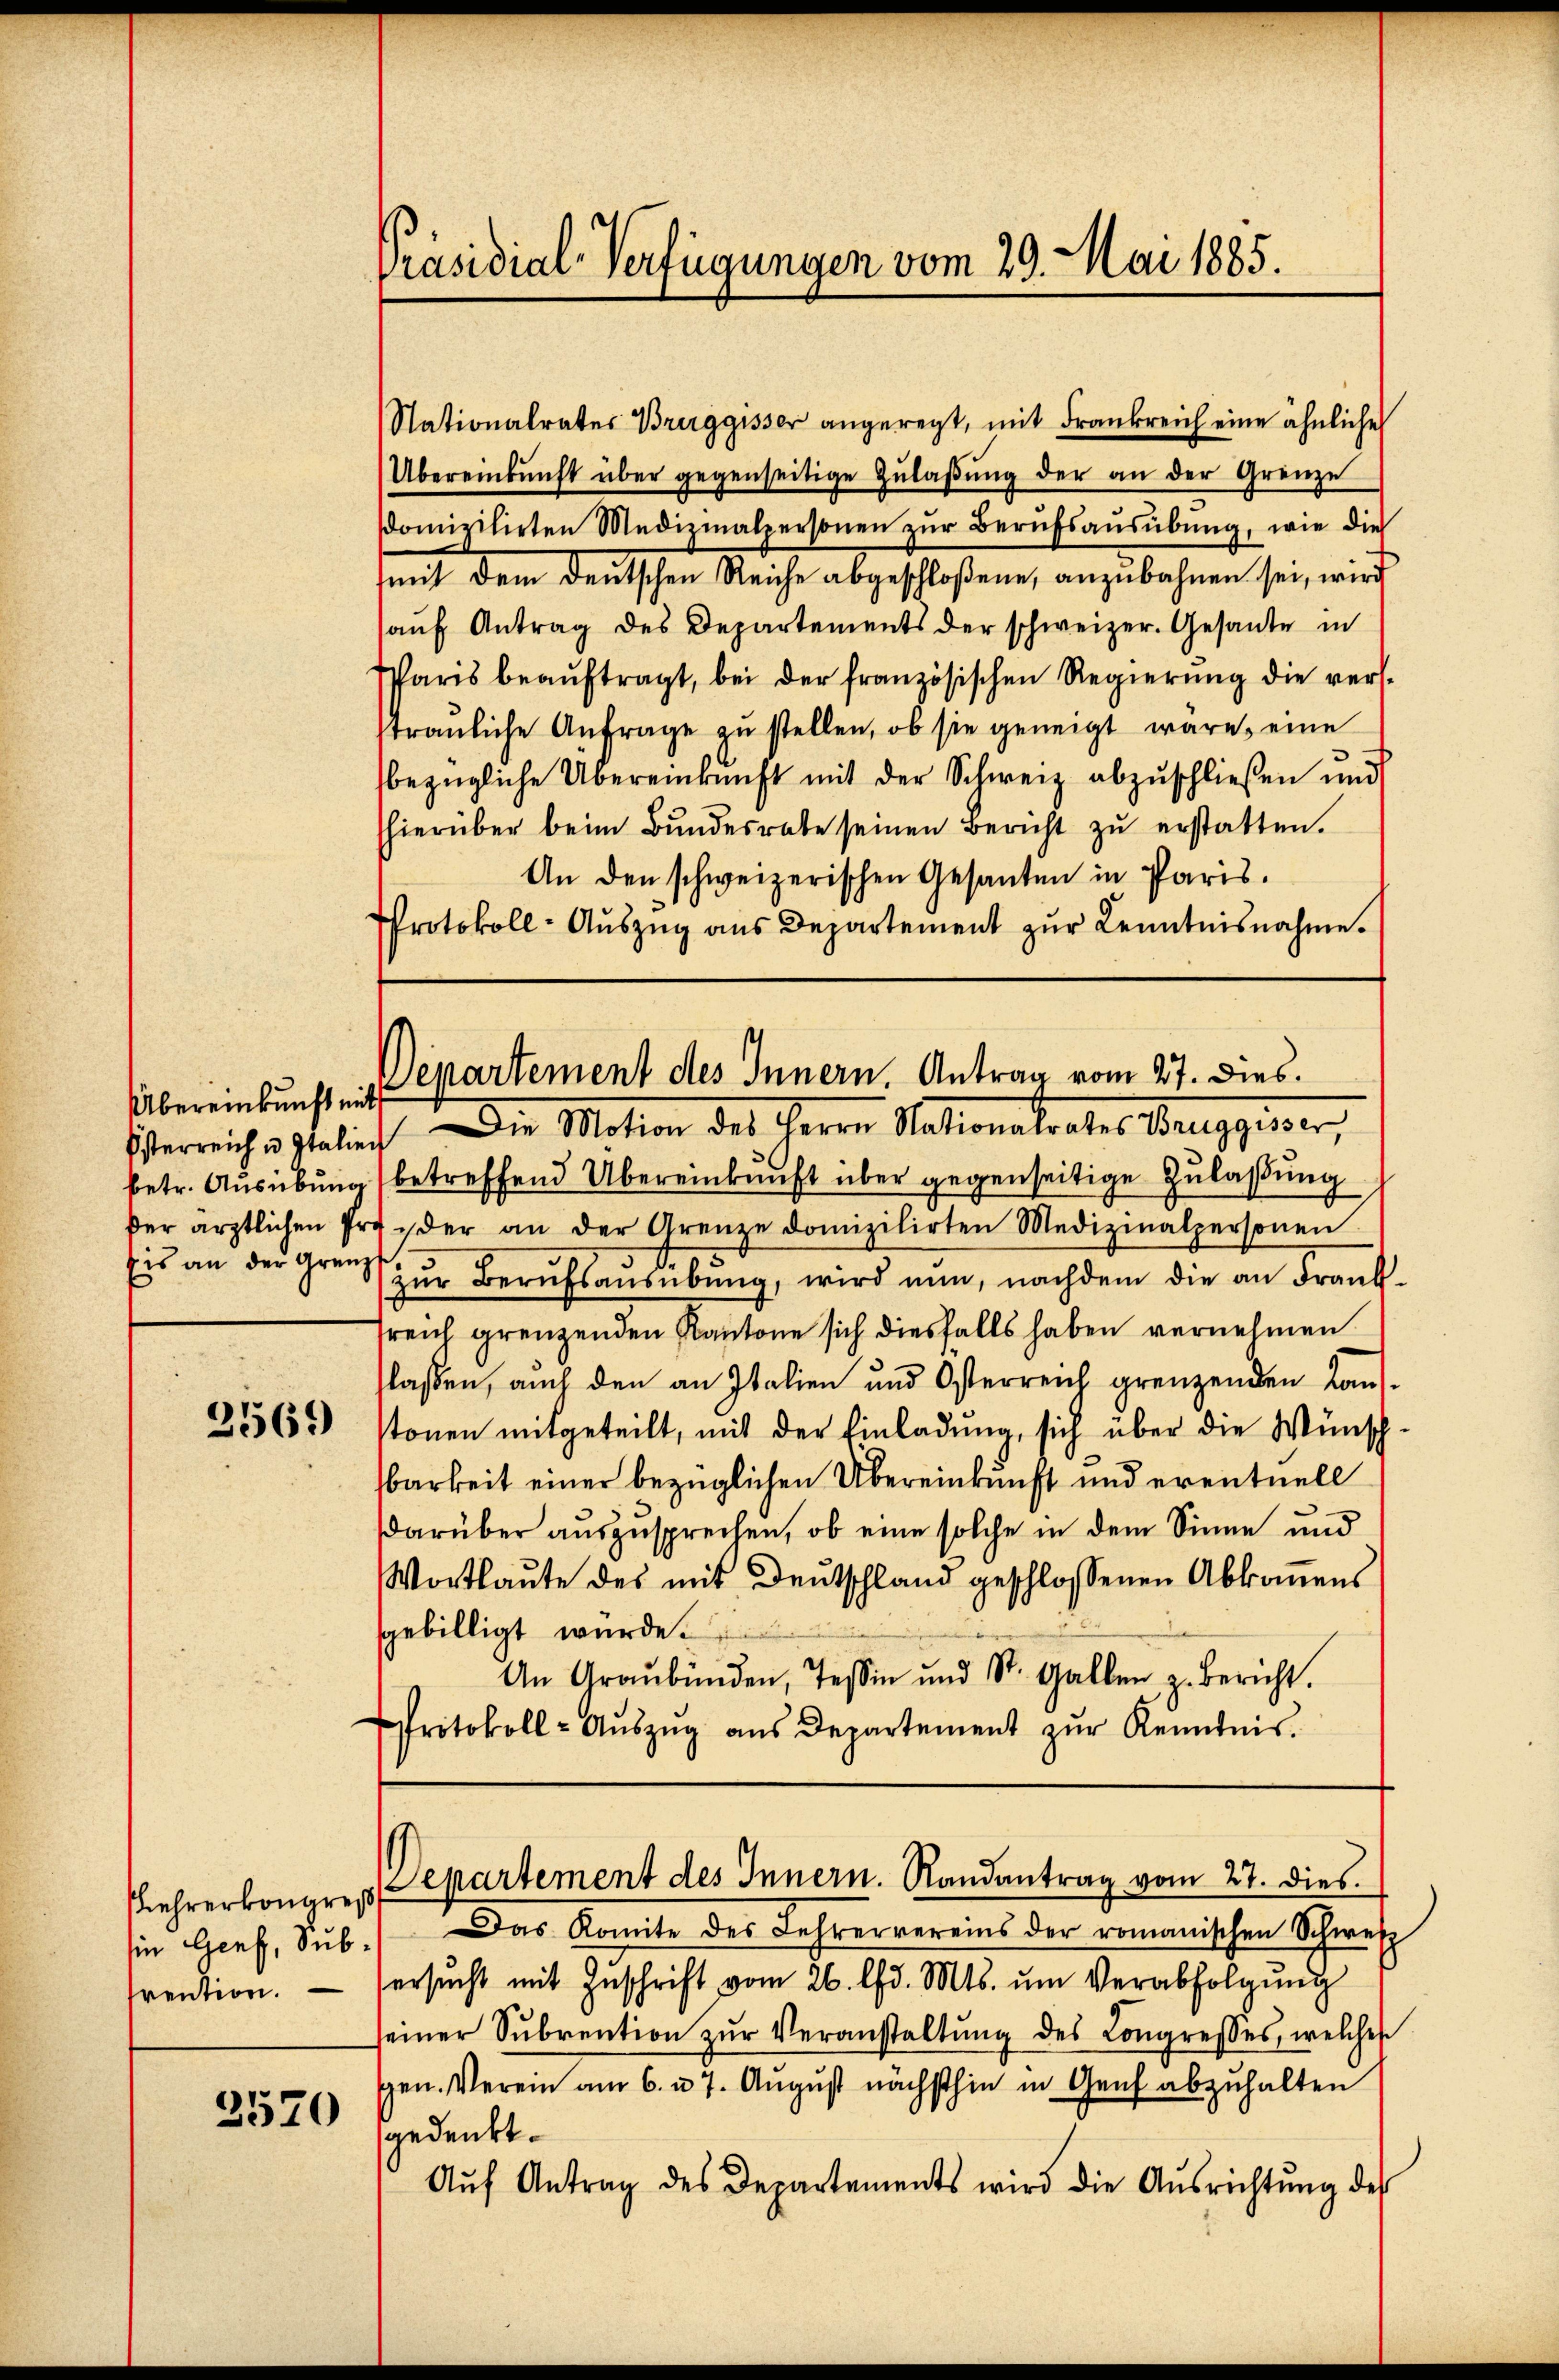
Übereinkunft mit
Österreich u. Italien
Eis an der Grenz

2569

sien Genf, Subfrention.

2570

Nationalrates Bruggisser angeregt, mit Frankreich eine ähnliche
Übereinkunft über gegenseitige Zŭlaβŭng der an der Grenze
sdomizilirten Medizinalpersonen zur Berufsausübung, wie die
mit dem deutschen Reiche abgeschloßene, anzubahnen sei, wird
aŭf Antrag des Departements der schweizer. Gesante in
Paris beaŭftragt, bei der französischen Regierŭng die versstrauliche Anfrage zŭ stellen, ob sie geneigt wäre, eine
bezügliche Übereinkunft mit der Schweiz abzuschließen und
hierüber beim Bundesrate seinen Bericht zŭ erstatten.
An den schweizerischen Gesanten in Paris.
Protokoll-Auszug aus Departement zŭr Kenntnisnahme.

Präsidial-Verfügungen vom 29. Mai 1885.

betr. Ausübung betreffend Übereinkunft über gegenseitige Zulaßung
der ärztlichen Präder an der Grenze domizilirten Medizinalpersonen
zur Berufsausübung, wird nun, nachdem die an Franksreich grenzenden Kantone sich diesfalls haben vernehmen
lassen, auch den an Italien und Osterreich grenzenden Kan-
tonen mitgeteilt, mit der Einladung, sich über die Wünsch-
barkeit einer bezüglichen Übereinkunft und eventuell
darüber auszusprechen, ob eine solche in dem Sinne und
Wortlaute des mit Deutschland geschlossenen Abkommens
sgebilligt wurde.
An Graubünden, Tessin und St. Gallen z. Bericht.
Protokoll- Aŭszŭg aŭs Departement zŭr Kenntnis.

Departement des Innern, Antrag vom 27. dies.
Die Motion des Herrn Stationalrates Burgesser,

ehrerkongres Departement des Innern. Randantrag vom 27. dies

Das Komite des Lehrervereins der romanischen Schweiz
ersucht mit Zuschrift vom 26. d. Mts. um Verabfolgung
seiner Sŭbrention zŭr Veranstaltŭng des Congresses, welches
gen. Verein am 6. u. 7. August nächsthin in Genf abzuhalten
gedenkt.
Aŭf Antrag des Departements wird die Aŭsrichtŭng des